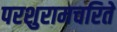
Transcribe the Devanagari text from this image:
परशुरामचरिते